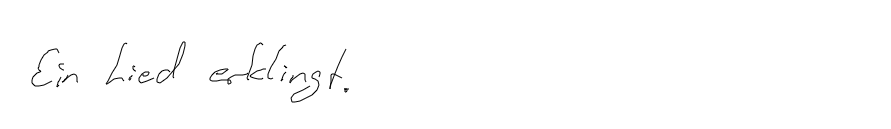
Ein Lied erklingt.